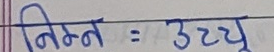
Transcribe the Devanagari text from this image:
निम्न : उच्च